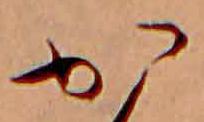
か